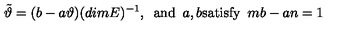
\tilde { \vartheta } = ( b - a \vartheta ) ( d i m E ) ^ { - 1 } , \enspace \mathrm { a n d } \enspace a , b \mathrm { s a t i s f y } \enspace m b - a n = 1